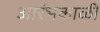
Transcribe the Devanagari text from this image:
आरंभकाळी